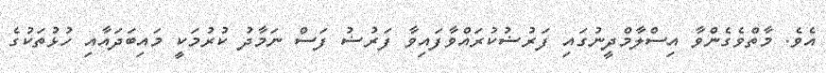
އެވެ. މާތްވެގެންވާ އިސްލާމްދީނުގައި ފަރުޟުކުރައްވާފައިވާ ފަރުޟު ފަސް ނަމާދު ކުރުމަކީ މައިބަދައާއި ހުޅުތަކުގެ